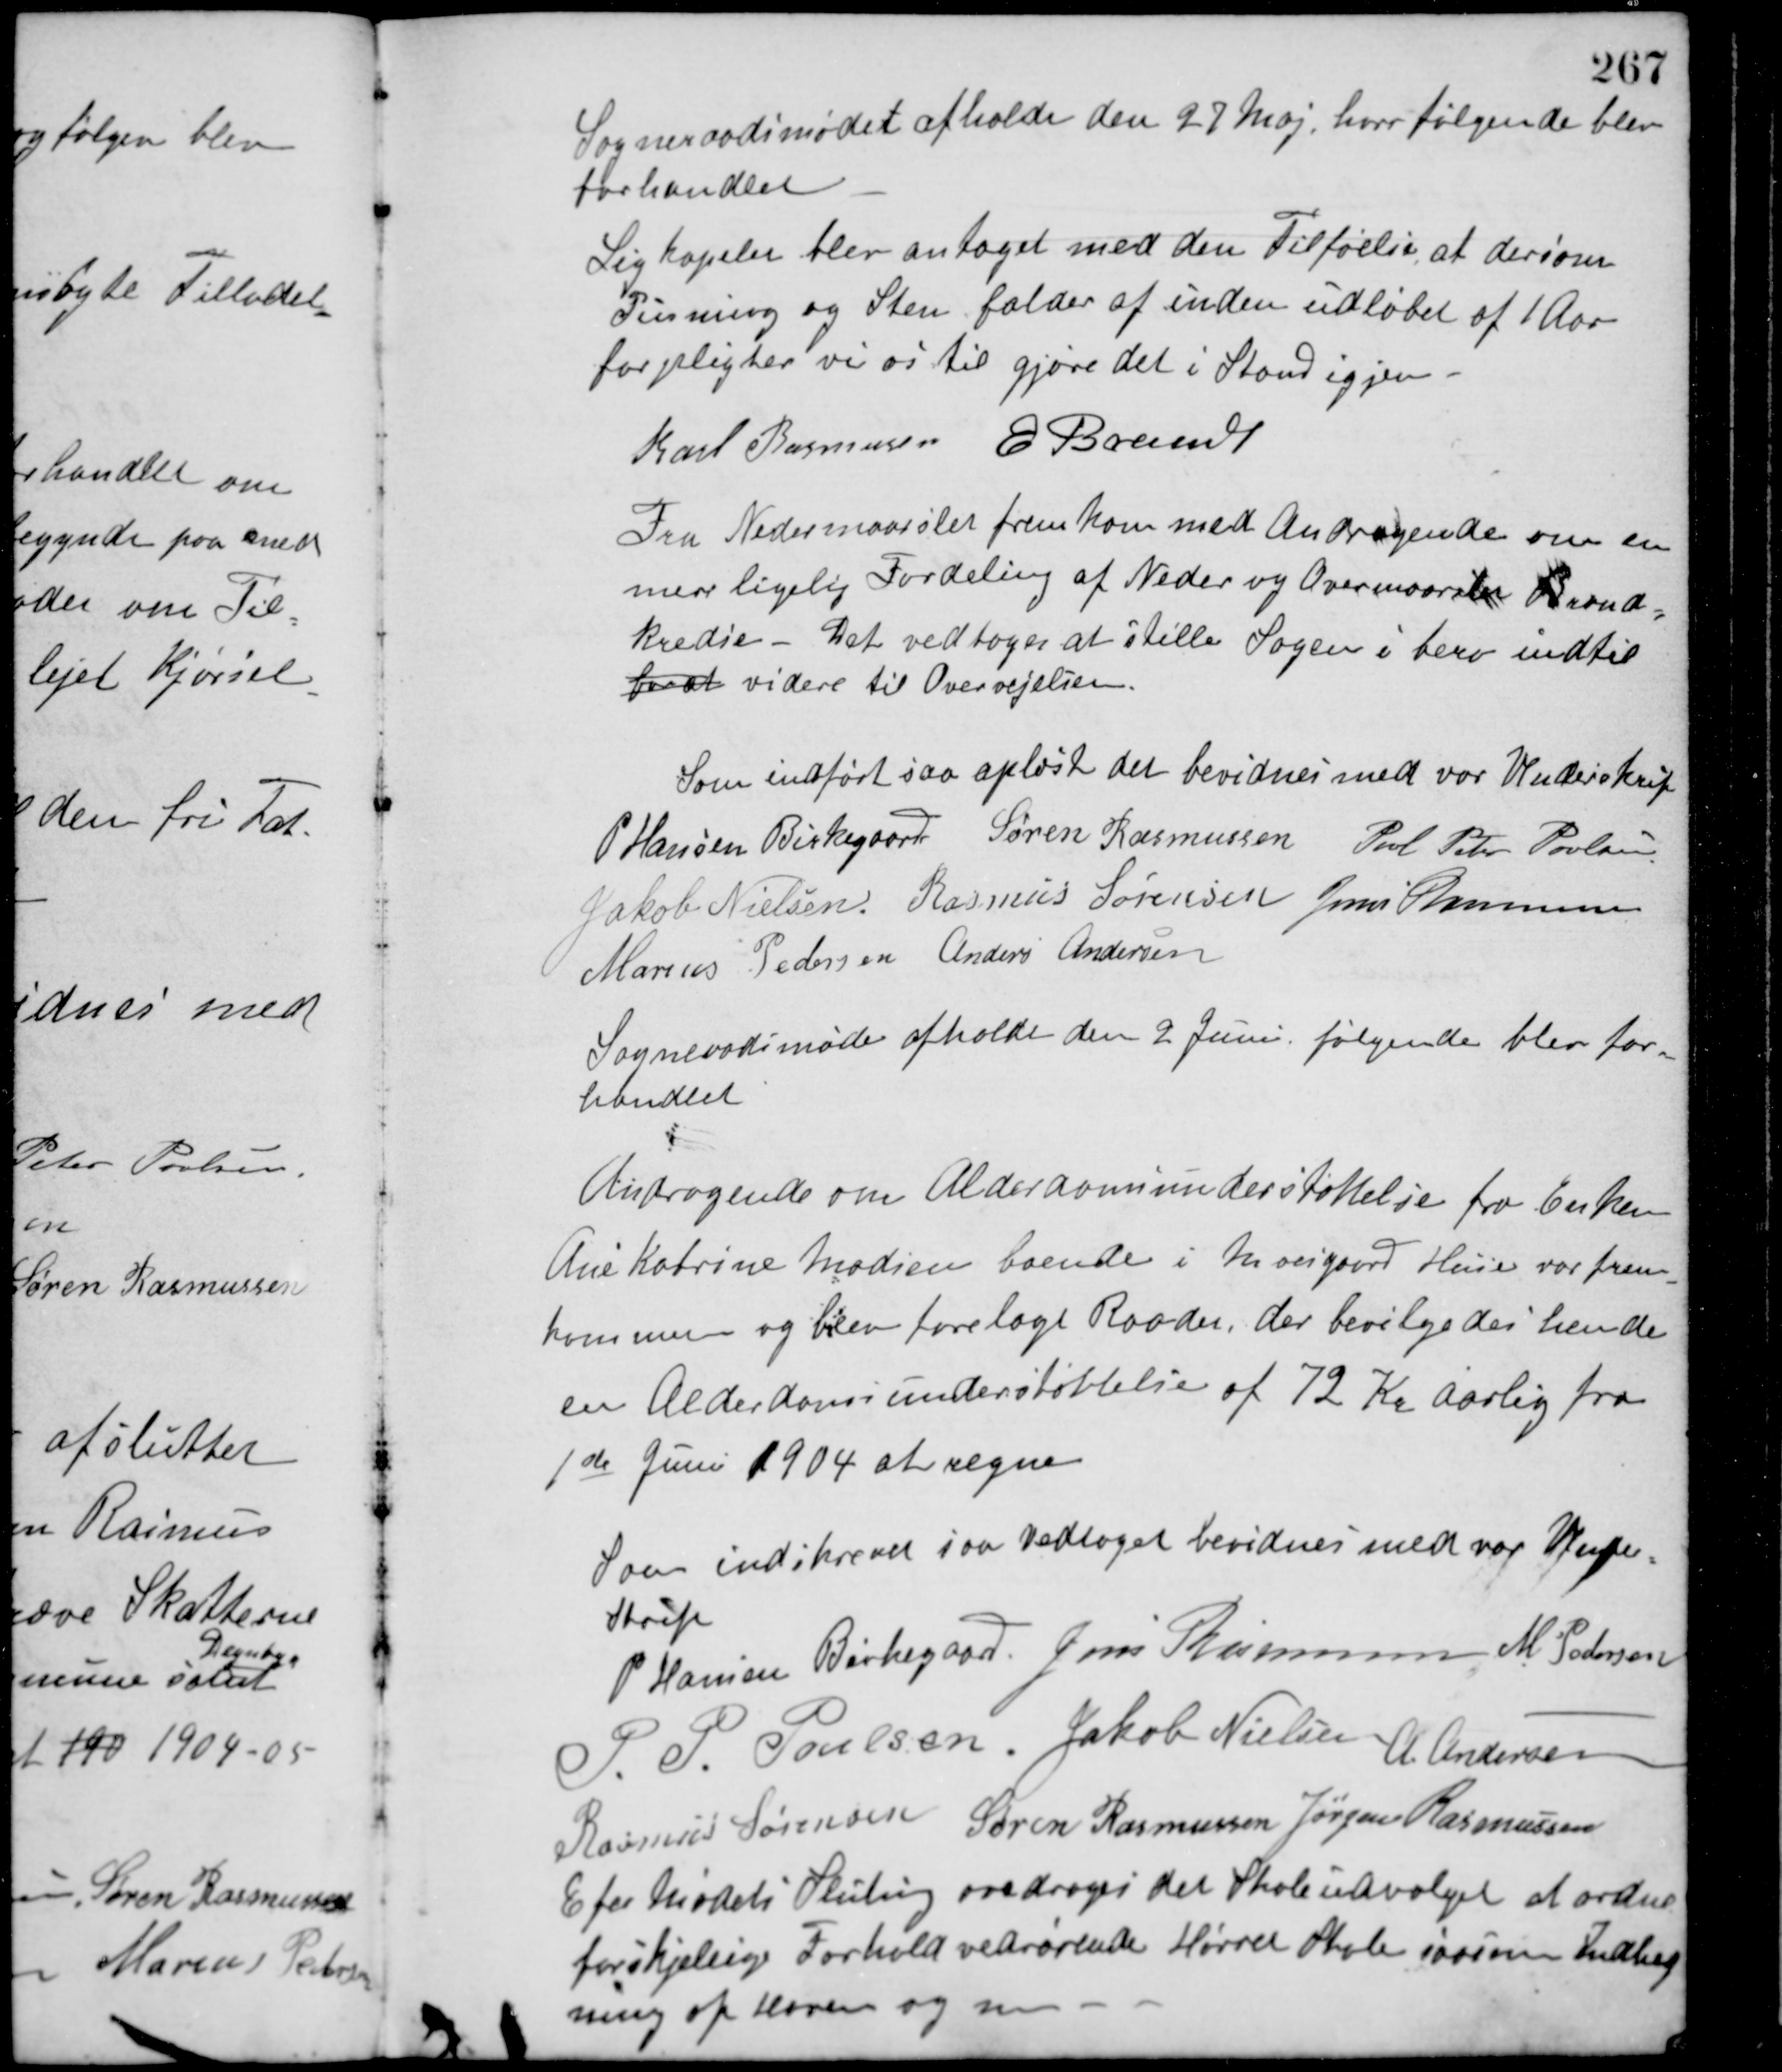
Transskription:
Sogneraadsmødet afholdt den 27 Maj, hvor følgende blev
forhandlet
Ligkapelet blev antaget med den Tilføelse, at dersom
Pusning og Sten falder af inden udløbet af 1 Aar
forpligter vi os til gjøre det i Stand igjen.
Karl Rasmussen E. Brandt
Fra Nedermaarslet fremkom med Andragende om en
mere ligelig Fordeling af Neder og Overmaarslet Brand-
kredse - Det vedtoges at stille Sagen i bero indtil
for at videre til Overvejelsen.
Som indført saa oplæst det bevidnes med vor Underskrift
P. Hansen Birkegaard Søren Rasmussen Poul Peter Poulsen
Jakob Nielsen Rasmus Sørensen Jens Rasmussen
Marius Pedersen Anders Andersen
Sognerådsmøde afholdt den 2 Juni følgende blev for-
handlet.
Andragende om Alderdomsunderstøttelse fra Enken
Ane Katrine Madsen boende i Moesgaard Huse var frem-
kommen og blev forelagt Raadet, der bevilgedes hende
en Alderdomsunderstøttelse af 72 Kr aarlig fra
1ste Juni 1904 at regne.
Som indskrevet saa vedtaget bevidnes med vor Under-
skrift.
P. Hansen Birkegaard Jens Rasmussen M. Pedersen
P. P. Poulsen Jakob Nielsen A. Andersen
Rasmus Sørensen Søren Rasmussen Jørgen Rasmussen
Efer Mødets Slutning overdroges det Skoleudvalget at ordne
forskjellige Forhold vedrørende Hørret Skole saasom Indheg-
ning af Haven og m. -